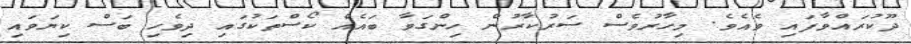
ދޫކުރައްވާފައި ވެއެވެ. މިހާރުވެސް ސަރުކާރުން ހިންގަވާ ބައެއް ކޯސްތަކުގައި ދިވެހި ބަސް ކިޔަވައި